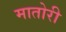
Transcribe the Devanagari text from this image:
मातोरी